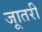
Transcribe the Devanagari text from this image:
जाूतरी